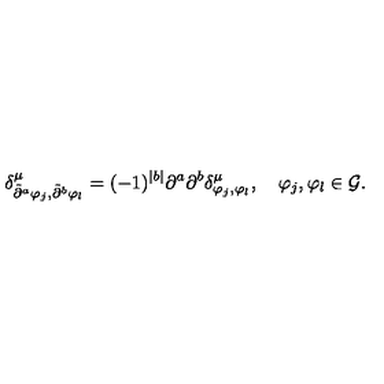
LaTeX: \delta _ { \tilde { \partial } ^ { a } \varphi _ { j } , \tilde { \partial } ^ { b } \varphi _ { l } } ^ { \mu } = ( - 1 ) ^ { | b | } \partial ^ { a } \partial ^ { b } \delta _ { \varphi _ { j } , \varphi _ { l } } ^ { \mu } , \quad \varphi _ { j } , \varphi _ { l } \in { \cal G } .